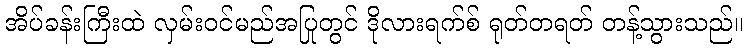
အိပ်ခန်းကြီးထဲ လှမ်းဝင်မည်အပြုတွင် ဒိုလားရက်စ် ရုတ်တရတ် တန့်သွားသည်။